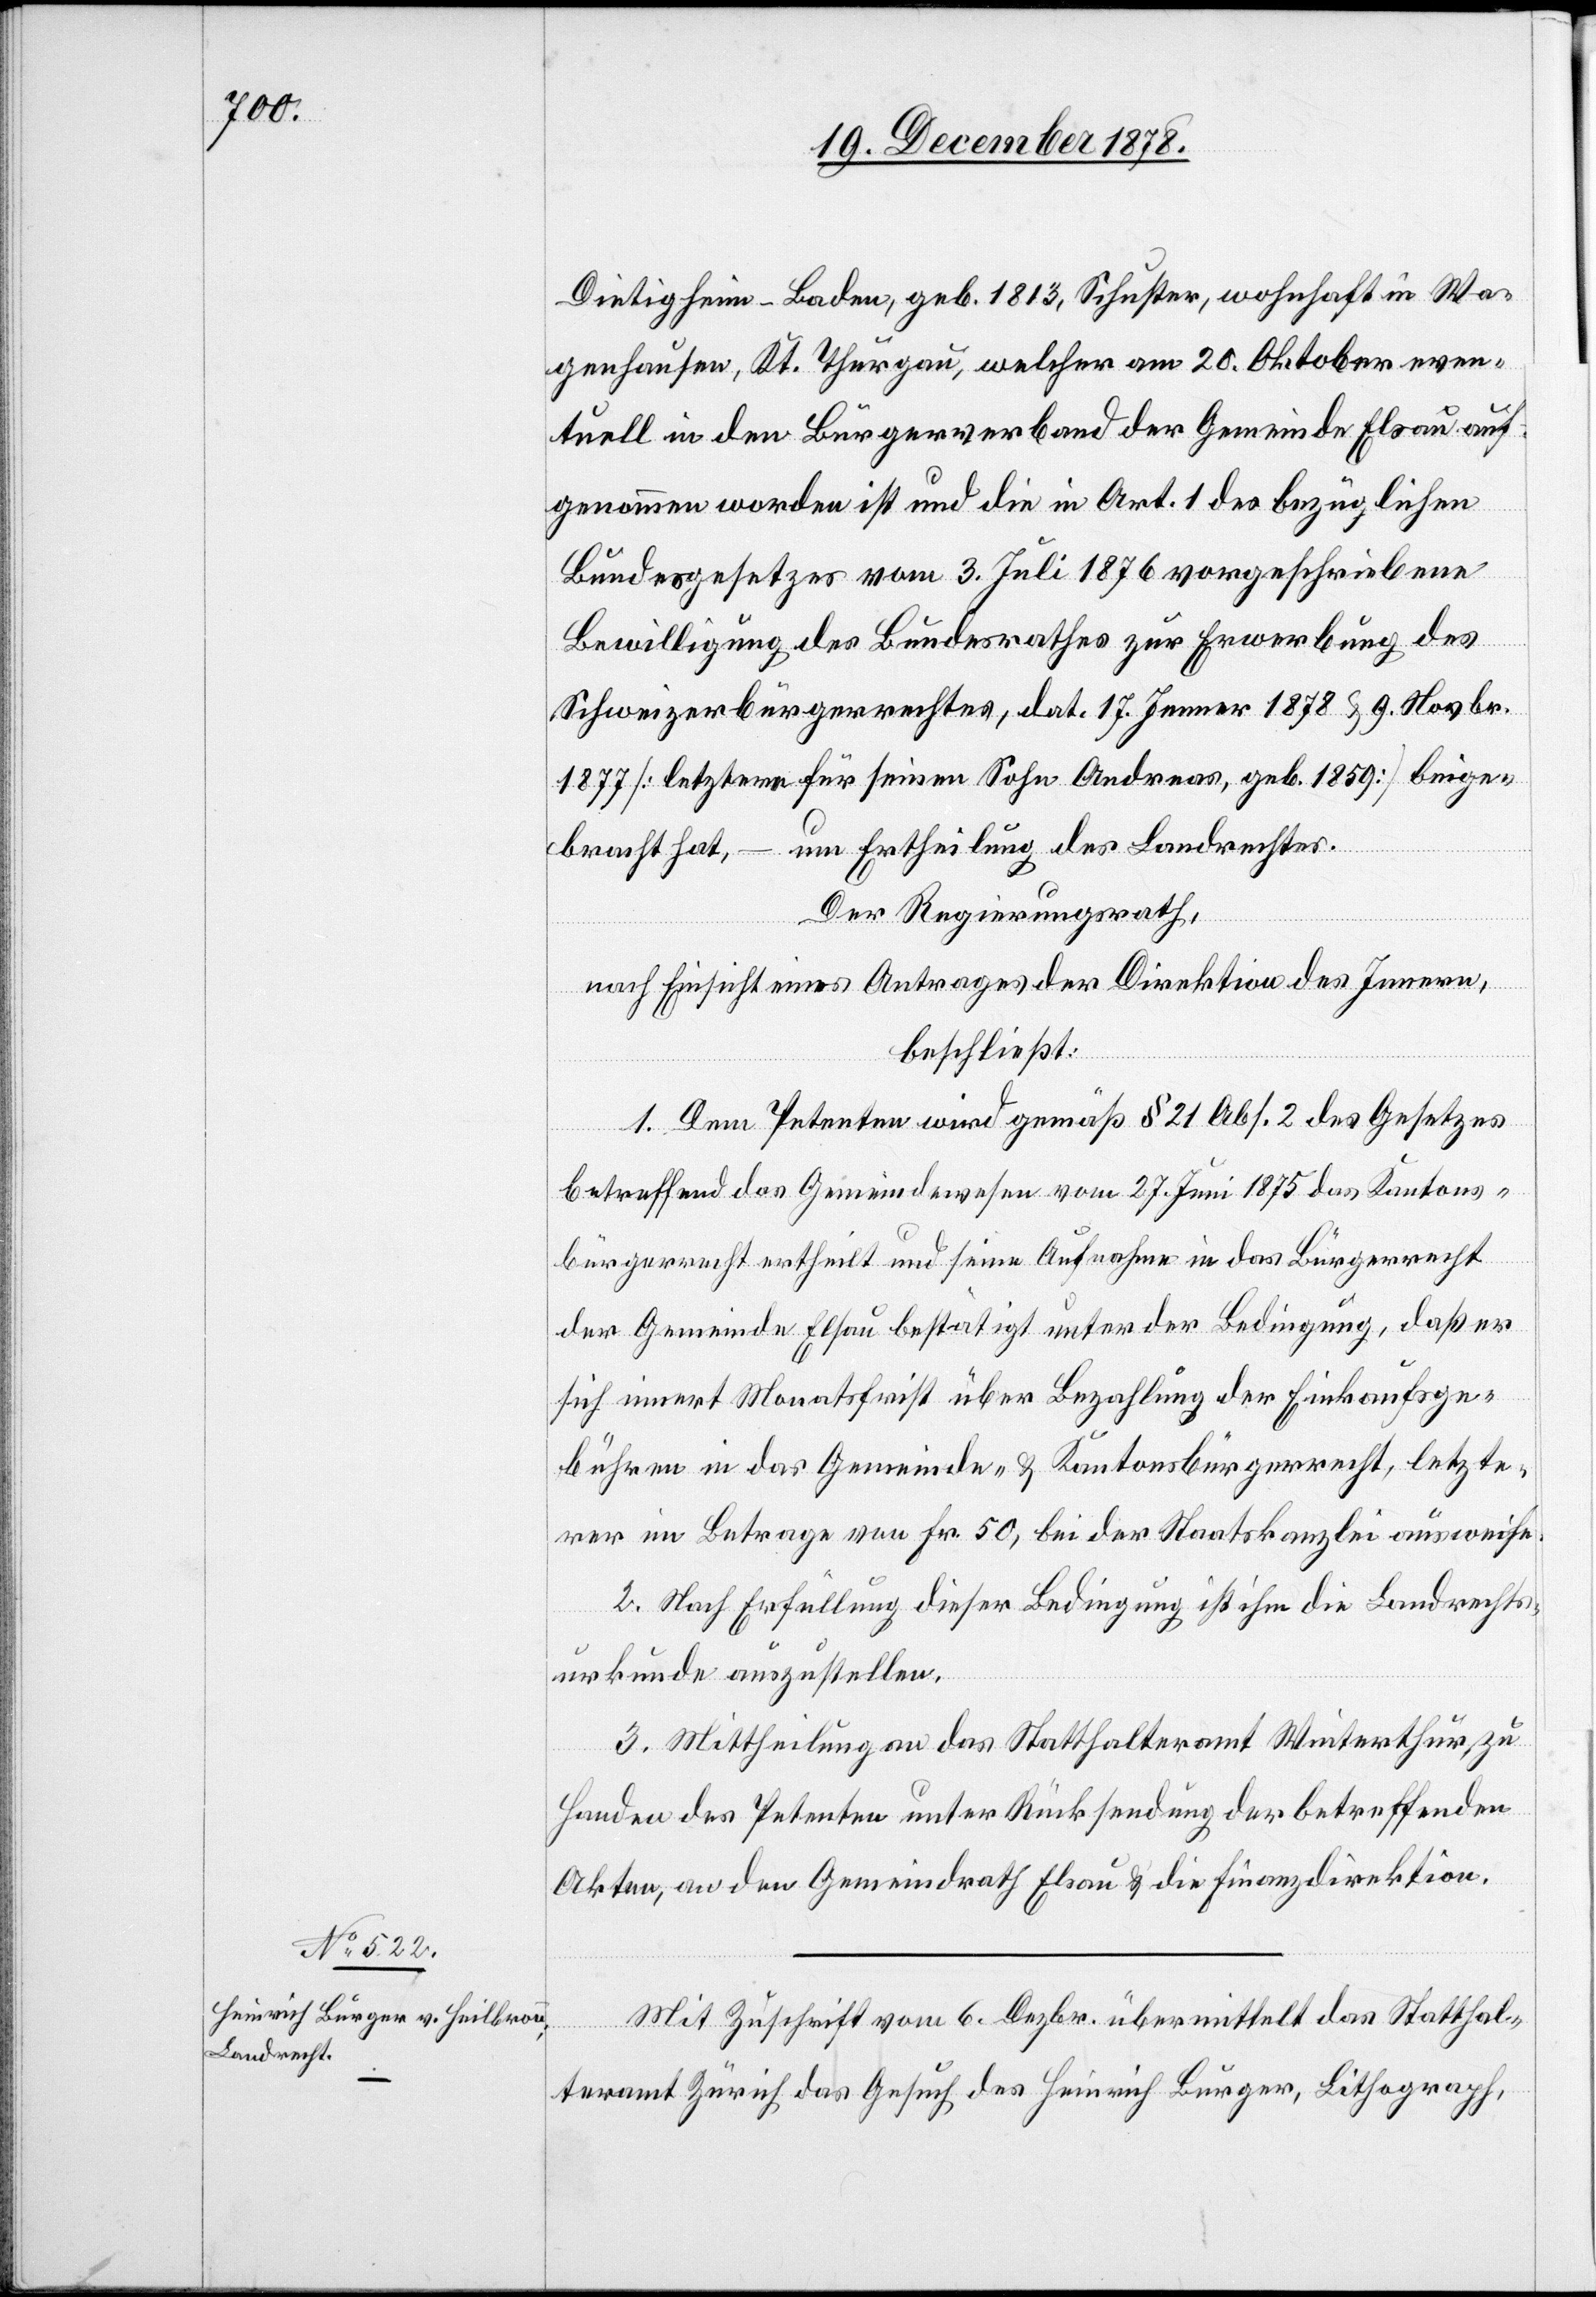
Dietigheim - Baden, geb. 1813, Schuster, wohnhaft in Wa¬
genhausen, Kt. Thurgau, welcher am 20. Oktober even¬
tuell in den Bürgerverband der Gemeinde Elsau auf¬
genommen worden ist und die in Art. 1 des bezüglichen
Bundesgesetzes vom 3. Juli 1876 vorgeschriebenen
Bewilligung des Bundesrathes zur Erwerbung des
Schweizerbürgerrechtes, dat. 17. Jenner 1878 & 9. Novbr.
1877 [letztere für seinen Sohn Andreas, geb. 1859] beige¬
bracht hat, – um Ertheilung des Landrechtes.
Der Regierungsrath,
nach Einsicht eines Antrages der Direktion des Innern,
beschließt:
1. Dem Petenten wird gemäß § 21 Abs. 2 des Gesetzes
betreffend das Gemeindewesen vom 27. Juni 1875 das Kantons¬
bürgerrecht ertheilt und seine Aufnahme in das Bürgerrecht
der Gemeinde Elsau bestätigt unter der Bedingung, daß er
sich innert Monatsfrist über Bezahlung der Einkaufsge¬
bühren in das Gemeinde- & Kantonsbürgerrecht, letzte¬
rer im Betrage von Fr. 50, bei der Staatskanzlei ausweise.
2. Nach Erfüllung dieser Bedingung ist ihm die Landrechts¬
urkunde auszustellen.
3. Mittheilung an das Statthalteramt Winterthur zu
Handen des Petenten unter Rücksendung der betreffenden
Akten, an den Gemeindrath Elsau & die Finanzdirektion.
Mit Zuschrift vom 6. Dezbr. übermittelt das Statthal¬
teramt Zürich das Gesuch des Heinrich Burger, Litograph,